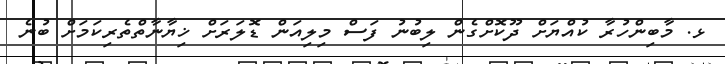
ޅ. މާބިންހުރާ ކުއްޔަށް ދޫކޮށްގެން ލިބުނު ފަސް މިލިއަން ޑޮލަރަށް ޚިޔާނާތްތެރިކަމަށް ބުނެ